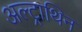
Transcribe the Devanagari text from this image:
अल्ट्राथिन